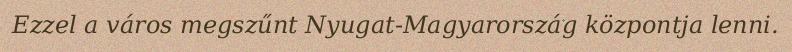
Ezzel a város megszűnt Nyugat-Magyarország központja lenni.